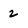
Character: 2